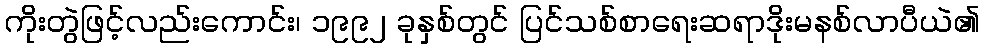
ကိုးတွဲဖြင့်လည်းကောင်း၊ ၁၉၉၂ ခုနှစ်တွင် ပြင်သစ်စာရေးဆရာဒိုးမနစ်လာပီယဲ၏